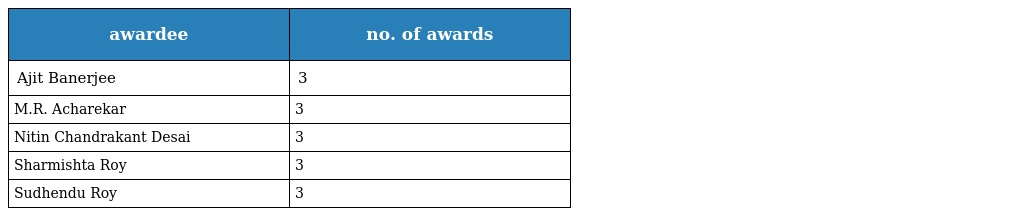
| awardee | no. of awards |
 | --- | --- |
 | Ajit Banerjee | 3 |
 | M.R. Acharekar | 3 |
 | Nitin Chandrakant Desai | 3 |
 | Sharmishta Roy | 3 |
 | Sudhendu Roy | 3 |